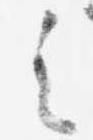
之